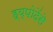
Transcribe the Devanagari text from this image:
ह्य्पोदेंसे